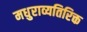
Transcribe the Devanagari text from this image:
मधुराव्यतिरिक्त